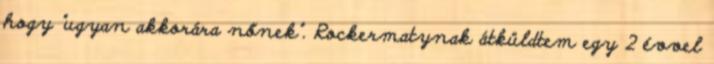
hogy "ugyan akkorára nőnek". Rockermatynak átküldtem egy 2 évvel